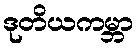
ဒုတိယကမ္ဘာ